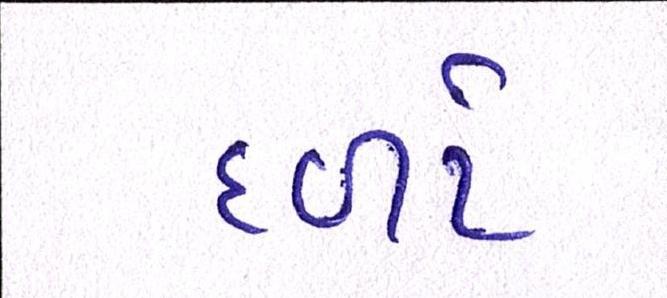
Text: દળો